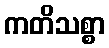
ကတိသစ္စာ